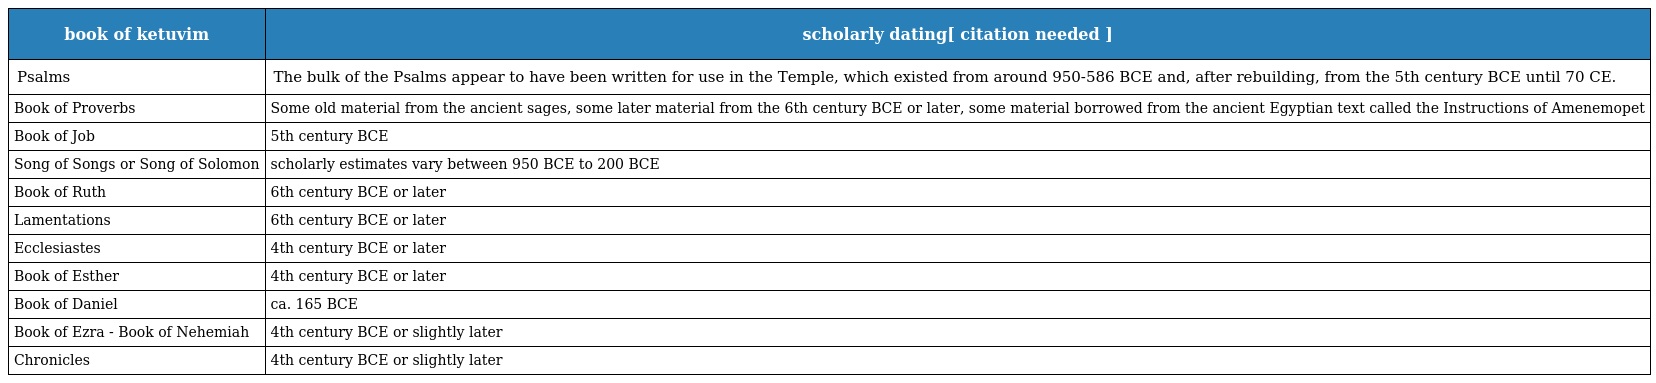
| book of ketuvim | scholarly dating[ citation needed ] |
 | --- | --- |
 | Psalms | The bulk of the Psalms appear to have been written for use in the Temple, which existed from around 950-586 BCE and, after rebuilding, from the 5th century BCE until 70 CE. |
 | Book of Proverbs | Some old material from the ancient sages, some later material from the 6th century BCE or later, some material borrowed from the ancient Egyptian text called the Instructions of Amenemopet |
 | Book of Job | 5th century BCE |
 | Song of Songs or Song of Solomon | scholarly estimates vary between 950 BCE to 200 BCE |
 | Book of Ruth | 6th century BCE or later |
 | Lamentations | 6th century BCE or later |
 | Ecclesiastes | 4th century BCE or later |
 | Book of Esther | 4th century BCE or later |
 | Book of Daniel | ca. 165 BCE |
 | Book of Ezra - Book of Nehemiah | 4th century BCE or slightly later |
 | Chronicles | 4th century BCE or slightly later |